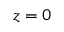
z = 0